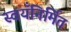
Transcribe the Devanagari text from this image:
स्वयँनिर्मित